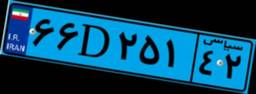
۷۸D۱۳۵۱۶